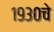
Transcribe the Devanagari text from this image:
१९३०चे